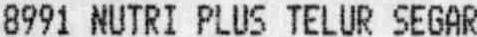
8991 NUTRI PLUS TELUR SEGAR